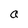
Character: a